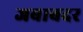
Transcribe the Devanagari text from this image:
जबाबदर